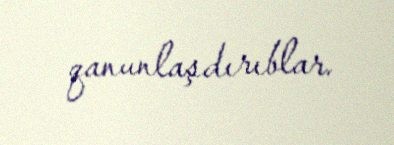
qanunlaşdırıblar.